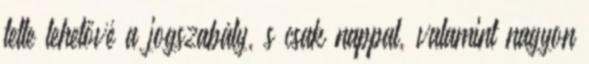
tette lehetővé a jogszabály, s csak nappal, valamint nagyon